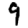
Digit: 9